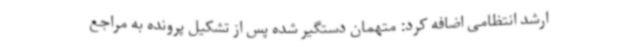
ارشد انتظامی اضافه کرد: متهمان دستگیر شده پس از تشکیل پرونده به مراجع